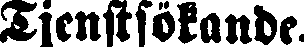
Tjenstsökande.